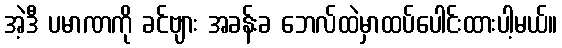
အဲ့ဒီ ပမာဏကို ခင်ဗျား အခန်းခ ဘေလ်ထဲမှာထပ်ပေါင်းထားပါ့မယ်။